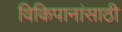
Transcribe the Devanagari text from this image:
विकिपानांसाठी